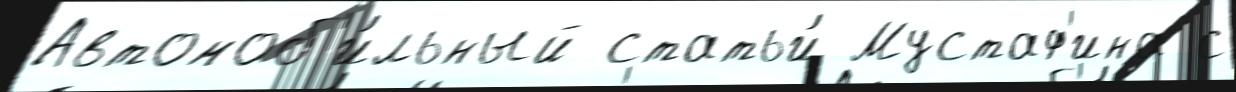
Автомоб'и́льный статьи́ Мустаф'ина с